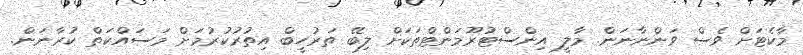
މާކެޓަށް ވެސް ވަންނާނަން. މާލީ އިންސްޓުރޫމަންޓްތަކަށް ލިބޭ ތަރުހީބް އިތުރުކުރުމަށް މަސައްކަތް ކުރާނަން.